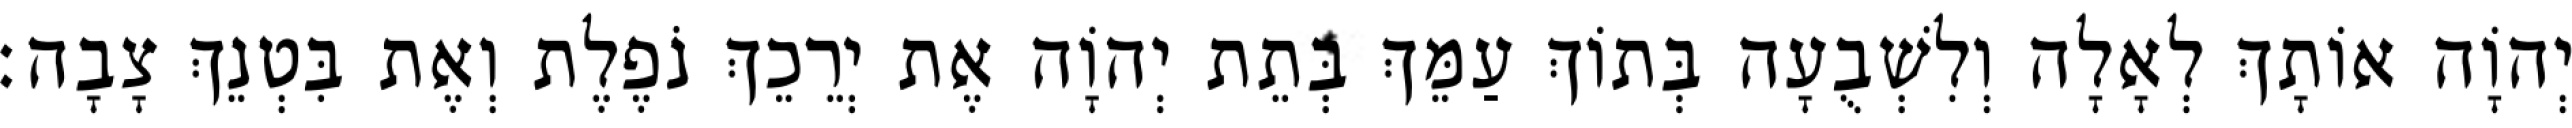
יְהוָֹה אוֹתָךְ לְאָלָה וְלִשְׁבֻעָה בְּתוֹךְ עַמֵּךְ בְּתֵת יְהוָֹה אֶת יְרֵכֵךְ נֹפֶלֶת וְאֶת בִּטְנֵךְ צָבָה׃